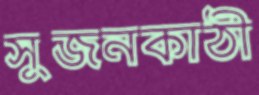
সুজনকাঠী